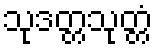
သုဒတ္တသုတ္တံ